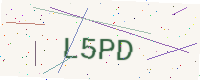
Text: L5PD